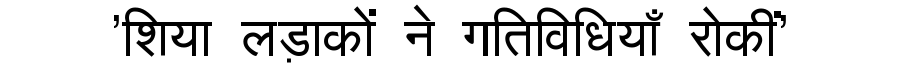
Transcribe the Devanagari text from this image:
'शिया लड़ाकों ने गतिविधियाँ रोकीं'